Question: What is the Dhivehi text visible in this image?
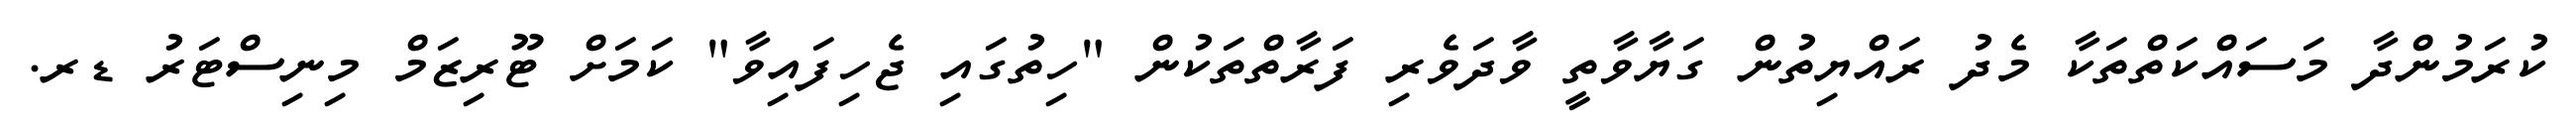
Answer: ކުރަމުންދާ މަސައްކަތްތަކާ މެދު ރައްޔިތުން ގަޔާވާތީ ވާދަވެރި ފަރާތްތަކުން "ހިތުގައި ޖެހިފައިވާ" ކަމަށް ޓޫރިޒަމް މިނިސްޓަރު ޑރ.